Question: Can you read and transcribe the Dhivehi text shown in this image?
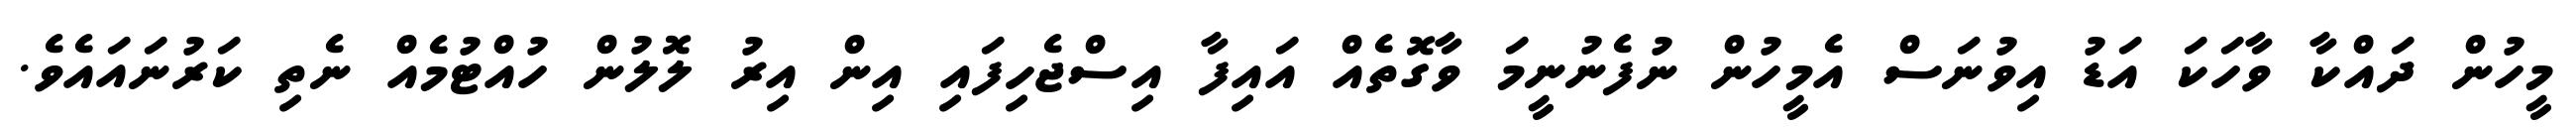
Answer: މީހުން ދައްކާ ވާހަކަ އަޑު އިވުނަސް އެމީހުން ނުފެނުނީމަ ވާގޮތެއް އައިފާ އިސްޖެހިފައި އިން އިރު ލޮލުން ހުއްޓުމެއް ނެތި ކަރުނައައެވެ.